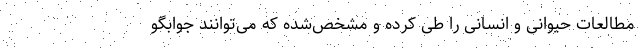
مطالعات حیوانی و انسانی را طی کرده و مشخص‌شده که می‌توانند جوابگو